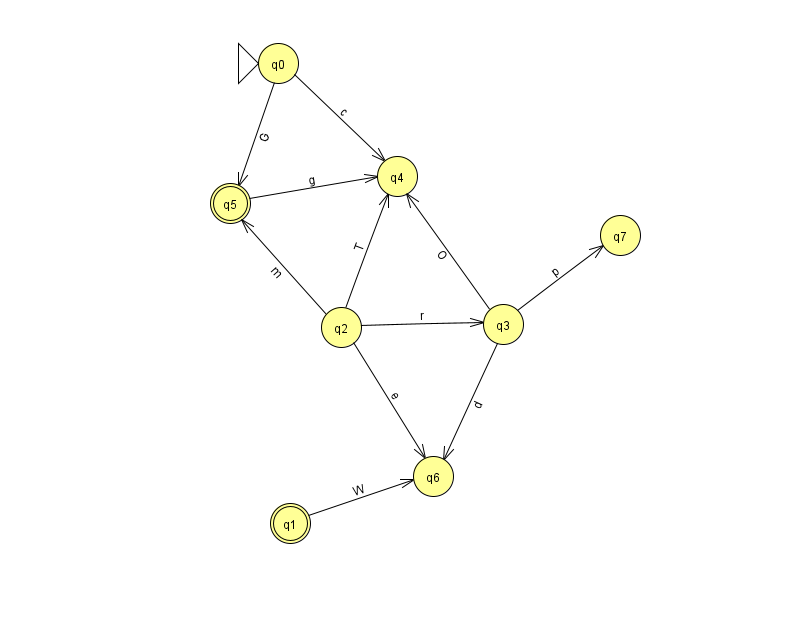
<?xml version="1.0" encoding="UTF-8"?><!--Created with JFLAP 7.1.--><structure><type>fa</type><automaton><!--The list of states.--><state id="0" name="q0"><x>278.0</x><y>50.0</y><initial/></state><state id="1" name="q1"><x>290.0</x><y>510.0</y><final/></state><state id="2" name="q2"><x>341.0</x><y>314.0</y></state><state id="3" name="q3"><x>503.0</x><y>311.0</y></state><state id="4" name="q4"><x>397.0</x><y>163.0</y></state><state id="5" name="q5"><x>230.0</x><y>190.0</y><final/></state><state id="6" name="q6"><x>433.0</x><y>463.0</y></state><state id="7" name="q7"><x>620.0</x><y>222.0</y></state><!--The list of transitions.--><transition><from>0</from><to>4</to><read>c</read></transition><transition><from>3</from><to>4</to><read>O</read></transition><transition><from>2</from><to>4</to><read>T</read></transition><transition><from>5</from><to>4</to><read>g</read></transition><transition><from>2</from><to>6</to><read>e</read></transition><transition><from>1</from><to>6</to><read>W</read></transition><transition><from>0</from><to>5</to><read>G</read></transition><transition><from>2</from><to>5</to><read>m</read></transition><transition><from>2</from><to>3</to><read>r</read></transition><transition><from>3</from><to>7</to><read>p</read></transition><transition><from>3</from><to>6</to><read>d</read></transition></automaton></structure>